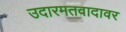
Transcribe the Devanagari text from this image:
उदारमतवादावर